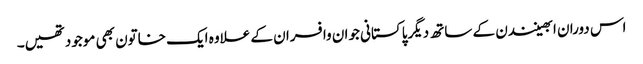
اس دوران ابھینندن کے ساتھ دیگرپاکستانی جوان وافسران کے علاوہ ایک خاتون بھی موجودتھیں۔